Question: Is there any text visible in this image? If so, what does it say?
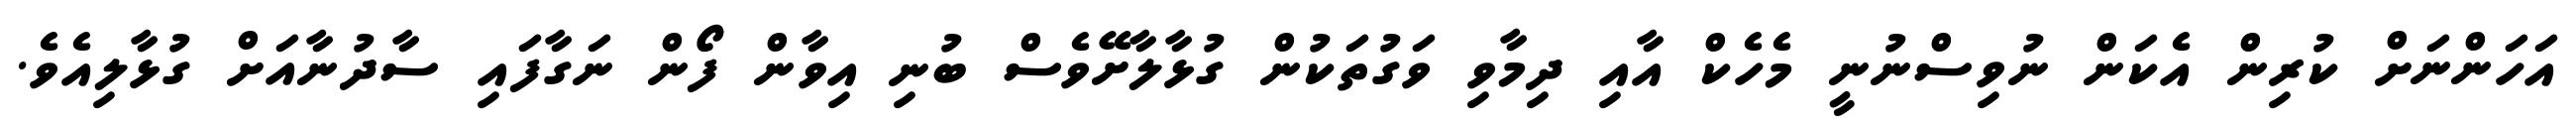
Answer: އަހަންނަށް ކުރިން އެކަން ނުވިސްނުނީ މެހެކް އާއި ދިމާވި ވަގުތަކުން ގުޅާލާށޭވެސް ބުނި އިވާން ފޯން ނަގާފައި ސާދުނާއަށް ގުޅާލިއެވެ.